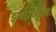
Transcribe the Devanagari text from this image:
इवोच्छ्रितः